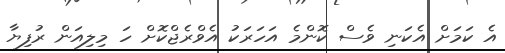
އެ ކަމަށް އެކަނި ވެސް ކޮންމެ އަހަރަކު އެވްރެޖްކޮށް ހަ މިލިއަން ރުފިޔާ